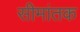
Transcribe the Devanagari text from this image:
सीमांतक